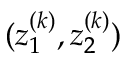
( z _ { 1 } ^ { ( k ) } , z _ { 2 } ^ { ( k ) } )